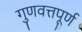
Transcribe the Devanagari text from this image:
गुणवत्तपूर्ण